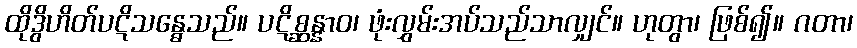
ထိုဒွိဟိတ်ပဋိသန္ဓေသည်။ ပဋိစ္ဆန္နာဝ၊ ဖုံးလွှမ်းအပ်သည်သာလျှင်။ ဟုတွာ၊ ဖြစ်၍။ ဂတာ၊